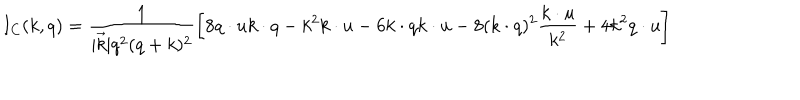
I _ { C } ( k , q ) = \frac { 1 } { | \vec { k } | q ^ { 2 } ( q + k ) ^ { 2 } } \left[ 8 q \cdot u k \cdot q - k ^ { 2 } k \cdot u - 6 k \cdot q k \cdot u - 8 ( k \cdot q ) ^ { 2 } \frac { k \cdot u } { k ^ { 2 } } + 4 k ^ { 2 } q \cdot u \right]